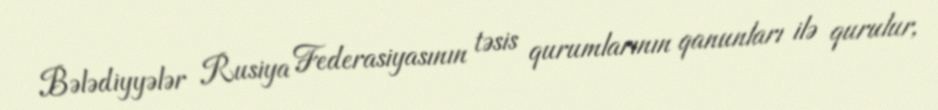
Bələdiyyələr Rusiya Federasiyasının təsis qurumlarının qanunları ilə qurulur,